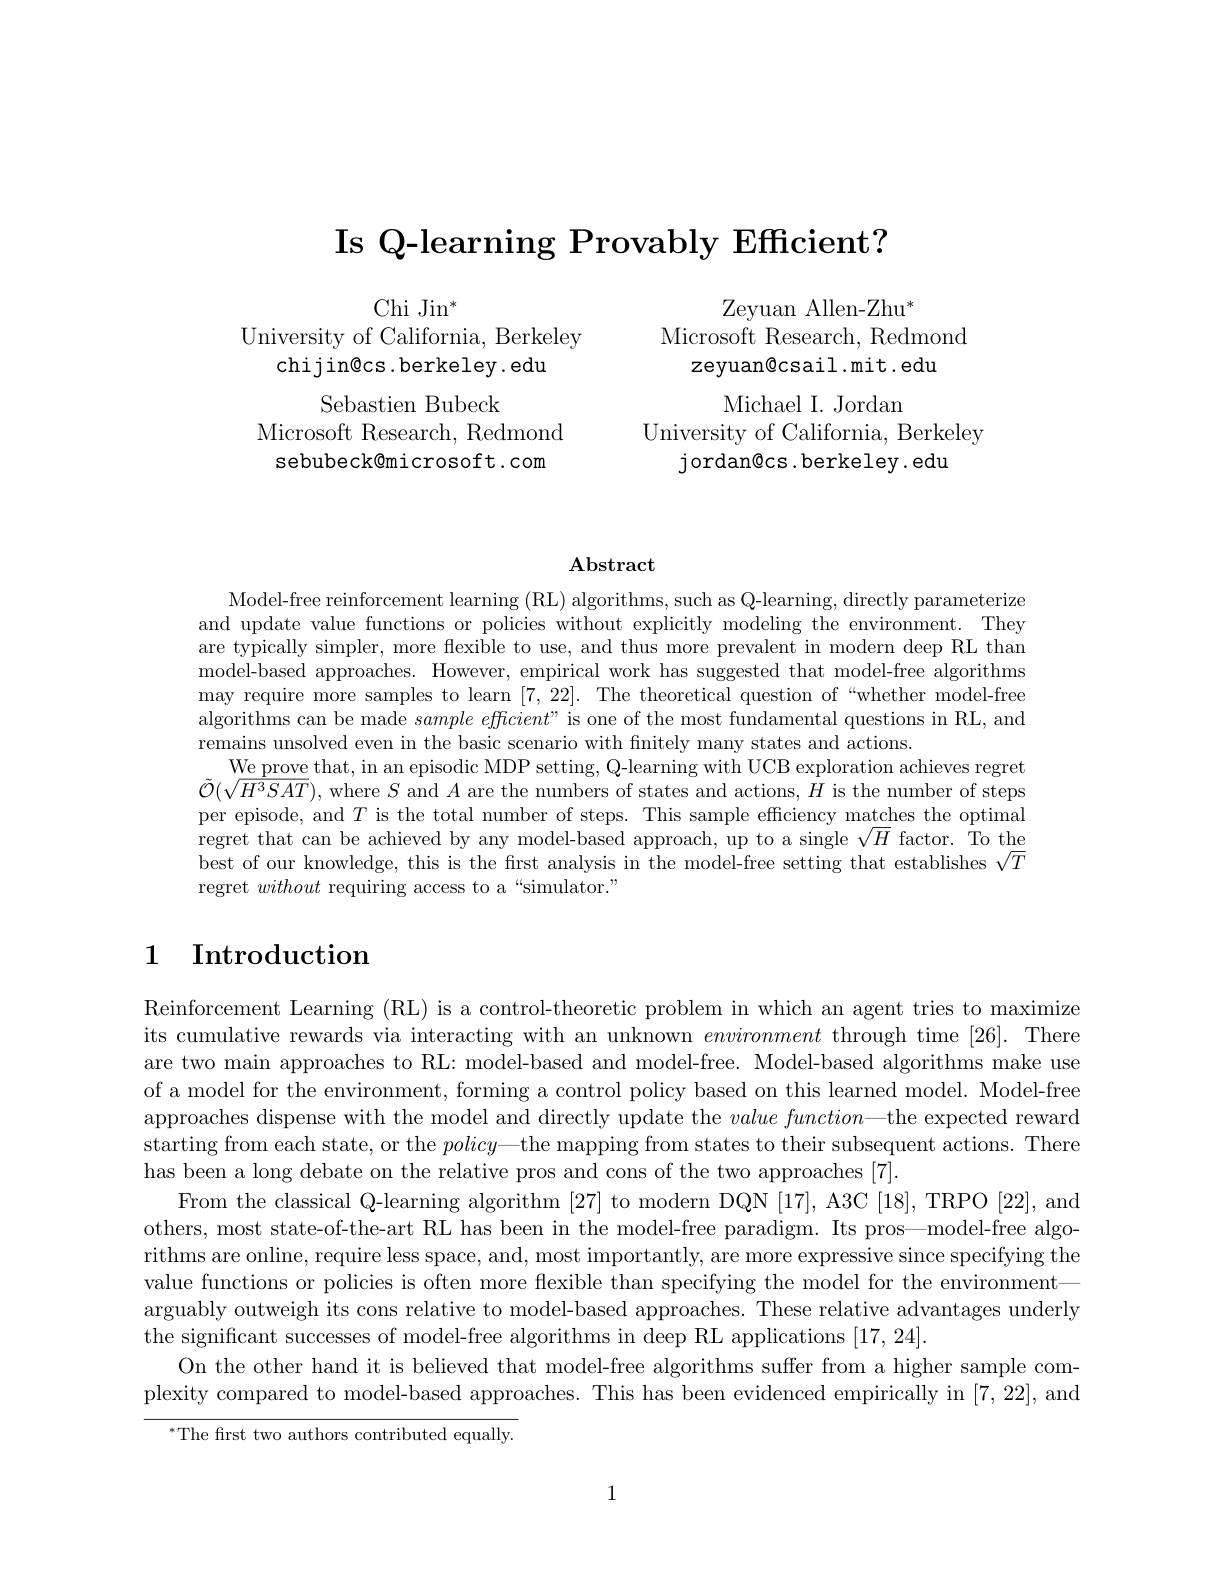
Is Q-learning Provably Efficient?

$\mathrm{Zeyuan~Allen-Zhu}^{*}$
Microsoft Research, Redmond
zeyuan@csail.mit. edu
Michael I. Jordan
University of California, Berkeley
jordan@cs.berkeley.edu

Chi Jin$^*$
University of California, Berkeley
chijin@cs.berkeley.edu
Sebastien Bubeck
Microsoft Research, Redmond sebubeck@microsoft.com

### $\mathbf{Abstract}$

Model-free reinforcement learning (RL) algorithms, such as Q-learning, directly parameterize and update value functions or policies without explicitly modeling the environment. They are typically simpler, more flexible to use, and thus more prevalent in modern deep RL than model-based approaches. However, empirical work has suggested that model-free algorithms may require more samples to learn [7,22]. The theoretical question of“whether model-free algorithms can be made $sample\textit{efficient" is one of the most fundamental questions in RL, and}$ remains unsolved even in the basic scenario with finitely many states and actions.
We prove that, in an episodic MDP setting, Q-learning with UCB exploration achieves regret $\tilde{\mathcal{O}}(\sqrt{H^3SAT})$, where $S$ and $A$ are the numbers of states and actions, $\tilde{H}$ is the number of steps per episode, and $T$ is the total number of steps. This sample efficiency matches the optimal regret that can be achieved by any model-based approach, up to a single $\sqrt{H}$ factor. To the best of our knowledge, this is the frst analysis in the model-free setting that establishes $\sqrt T$ regret without requiring access to a“simulator.”

## 1 Introduction

Reinforcement Learning (RL) is a control-theoretic problem in which an agent tries to maximize its cumulative rewards via interacting with an unknown environment through time [26]. There are two main approaches to RL: model-based and model-free. Model-based algorithms make use of a model for the environment, forming a control policy based on this learned model. Model-free approaches dispense with the model and directly update the $valuefunction—$the expected reward starting from each state, or the $policy—$the mapping from states to their subsequent actions. There has been a long debate on the relative pros and cons of the two approaches [7].
From the classical Q-learning algorithm [27] to modern DQN [17], A3C [18], TRPO [22], and others, most state-of-the-art RL has been in the model-free paradigm. Its pros—model-free algorithms are online, require less space, and, most importantly, are more expressive since specifying the value functions or policies is often more flexible than specifying the model for the environment— arguably outweigh its cons relative to model-based approaches. These relative advantages underly the significant successes of model-free algorithms in deep RL applications [17,24].
On the other hand it is believed that model-free algorithms suffer from a higher sample complexity compared to model-based approaches. This has been evidenced empirically in [7,22],and
$^{*}$The first two authors contributed equally.

1